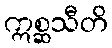
ဣစ္ဆသီတိ